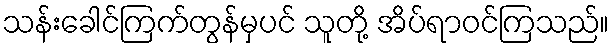
သန်းခေါင်ကြက်တွန်မှပင် သူတို့ အိပ်ရာဝင်ကြသည်။